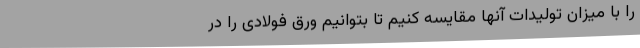
را با میزان تولیدات آنها مقایسه کنیم تا بتوانیم ورق فولادی را در